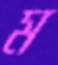
ম